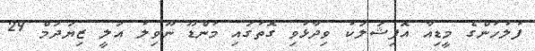
ފުލުހުންގެ މީޑިއާ އޮފިޝަލަކު ވިދާޅުވި ގޮތުގައި މުންޑޫ ނޫވިލު އަލީ ޒިޔަދަމް 29